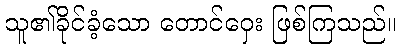
သူ၏ခိုင်ခံ့သော တောင်ဝှေး ဖြစ်ကြသည်။